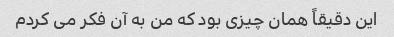
این دقیقاً همان چیزی بود که من به آن فکر می کردم